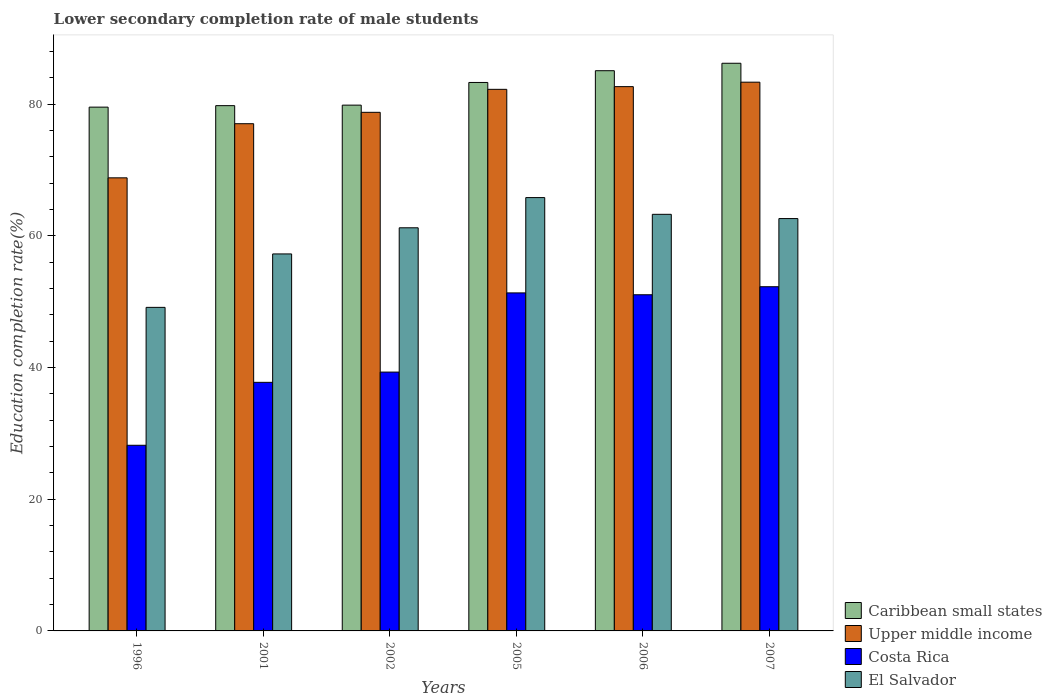
| Years | Caribbean small states | Upper middle income | Costa Rica | El Salvador |
 | --- | --- | --- | --- | --- |
 | 1996 | 79.6 | 68.8 | 28.2 | 49.1 |
 | 2001 | 79.8 | 77.1 | 37.8 | 57.3 |
 | 2002 | 79.9 | 78.8 | 39.3 | 61.2 |
 | 2005 | 83.3 | 82.3 | 51.3 | 65.8 |
 | 2006 | 85.1 | 82.7 | 51.1 | 63.3 |
 | 2007 | 86.2 | 83.4 | 52.3 | 62.6 |